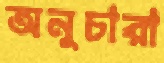
অনুচারা